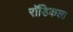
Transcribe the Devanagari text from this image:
रॉडिकला